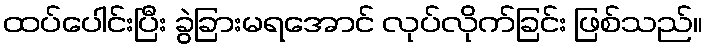
ထပ်ပေါင်းပြီး ခွဲခြားမရအောင် လုပ်လိုက်ခြင်း ဖြစ်သည်။